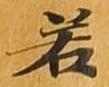
若